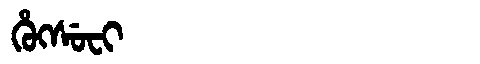
Manchu: ᡥᡠᡴᠰᡠᠸᡳ
Romanization: HUKSUFI